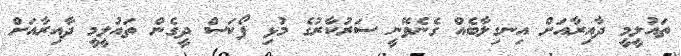
ތައުލީމީ ދާއިރާއަށް އިނގިލާބެއް ގެނެވޭނީ ސަރުކާރުގެ މުޅި ފޯކަސް ދީގެން ތައުލީމީ ދާއިރާއަށް